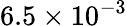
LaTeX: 6.5\times 10^{-3}